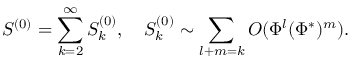
S ^ { ( 0 ) } = \sum _ { k = 2 } ^ { \infty } S _ { k } ^ { ( 0 ) } , \quad S _ { k } ^ { ( 0 ) } \sim \sum _ { l + m = k } O ( \Phi ^ { l } ( \Phi ^ { * } ) ^ { m } ) .